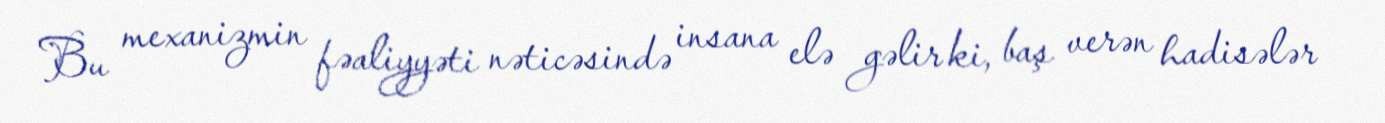
Bu mexanizmin fəaliyyəti nəticəsində insana elə gəlir ki, baş verən hadisələr